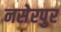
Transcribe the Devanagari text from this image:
नसेरपुर